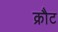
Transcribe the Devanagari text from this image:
क्रौट